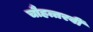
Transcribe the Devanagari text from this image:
चौहत्तरवीं